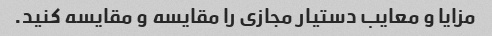
مزایا و معایب دستیار مجازی را مقایسه و مقایسه کنید.